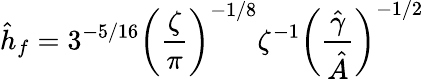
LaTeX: \hat{h}_{f}=3^{-5/16}\left(\frac{\zeta}{\pi}\right)^{-1/8}\zeta^{-1}\left(\frac{\hat{\gamma}}{\hat{A}}\right)^{-1/2}